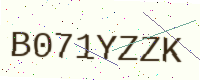
Text: B071YZZK